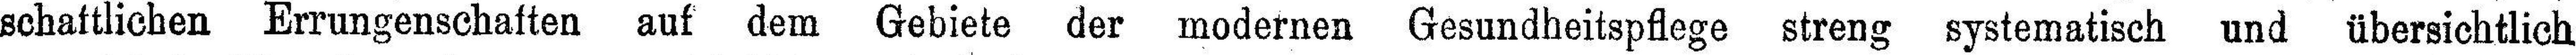
schaftlichen Errungenschaften auf dem Gebiete der modernen Gesundheitspflege streng systematisch und übersichtlich